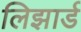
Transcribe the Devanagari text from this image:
लिझार्ड